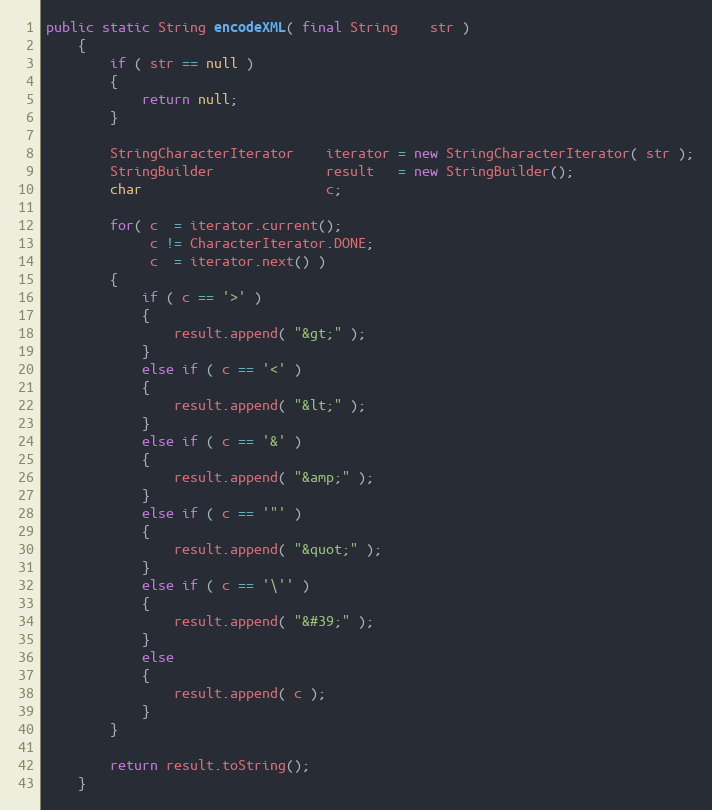
Language: Java
public static String encodeXML( final String    str )
    {
        if ( str == null )
        {
            return null;
        }

        StringCharacterIterator    iterator = new StringCharacterIterator( str );
        StringBuilder              result   = new StringBuilder();
        char                       c;

        for( c  = iterator.current();
             c != CharacterIterator.DONE;
             c  = iterator.next() )
        {
            if ( c == '>' )
            {
                result.append( "&gt;" );
            }
            else if ( c == '<' )
            {
                result.append( "&lt;" );
            }
            else if ( c == '&' )
            {
                result.append( "&amp;" );
            }
            else if ( c == '"' )
            {
                result.append( "&quot;" );
            }
            else if ( c == '\'' )
            {
                result.append( "&#39;" );
            }
            else
            {
                result.append( c );
            }
        }

        return result.toString();
    }